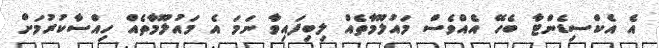
އެ އެކްސިޑެންޓާ ބެހޭ އެއްވެސް މައުލޫމާތެއް ލިބިފައިވާ ނަމަ އެ މައުލޫމާތެއް ހިއްސާކުރުމަށް